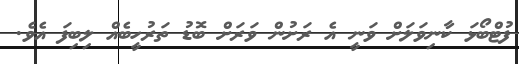
ފުޓްބޯޅަ ކާނިވަލަށް ވަނީ އެ ރަށުން ވަރަށް ބޮޑު ތަރުހީބެއް ލިބިފަ އެވެ.